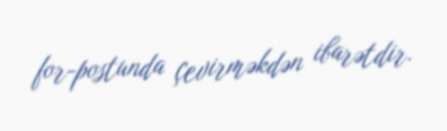
for-postunda çevirməkdən ibarətdir.